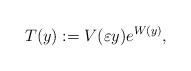
LaTeX: \begin{align*}T(y):=V(\varepsilon y)e^{W(y)},\end{align*}